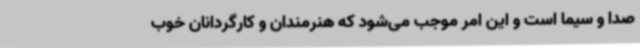
صدا و سیما است و این امر موجب می‌شود که هنرمندان و کارگردانان خوب